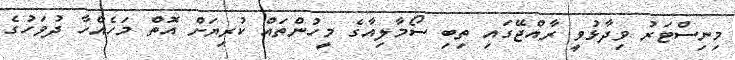
މިނިސްޓަރު ވިދާޅުވީ ރާއްޖޭގައި ތިބި ސޯމާލިއާގެ މީހުންތައް ކުރިޔަށް އޮތް މަހެއްހާ ދުވަހުގެ